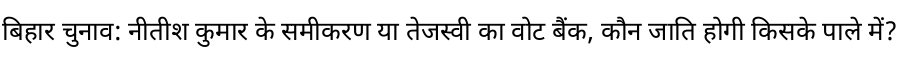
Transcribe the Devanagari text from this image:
बिहार चुनाव: नीतीश कुमार के समीकरण या तेजस्वी का वोट बैंक, कौन जाति होगी किसके पाले में?